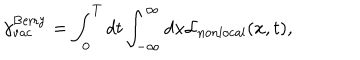
{ \gamma } _ { \mathrm { v a c } } ^ { \mathrm { B e r r y } } = \int _ { 0 } ^ { T } d t \int _ { - \infty } ^ { \infty } d x { \cal L } _ { \mathrm { n o n l o c a l } } ( x , t ) ,